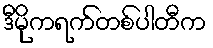
ဒီမိုကရက်တစ်ပါတီက